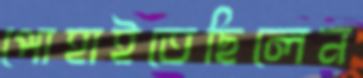
পোহাইতেছিলেন